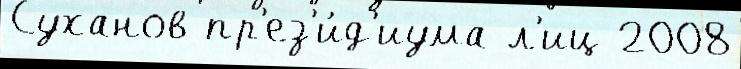
Суханов пр'ез'и́д'иума л'иц 2008